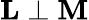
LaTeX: \mathbf{L}\perp\mathbf{M}